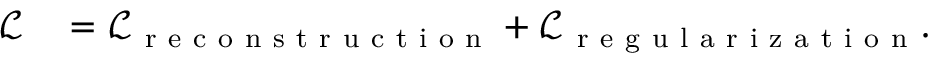
\begin{array} { r l } { \mathcal { L } } & { { } = \mathcal { L } _ { \mathrm { ~ r ~ e ~ c ~ o ~ n ~ s ~ t ~ r ~ u ~ c ~ t ~ i ~ o ~ n ~ } } + \mathcal { L } _ { \mathrm { ~ r ~ e ~ g ~ u ~ l ~ a ~ r ~ i ~ z ~ a ~ t ~ i ~ o ~ n ~ } } . } \end{array}